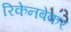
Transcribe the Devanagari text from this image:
रिकेनबेकर